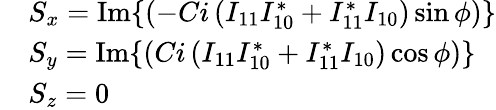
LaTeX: \begin{array}{rl}&{S_{x}=\operatorname{Im}\{ \left(-Ci\left(I_{11}I_{10}^{*}+I_{11}^{*}I_{10}\right)\sin\phi\right)\} }\\ &{S_{y}=\operatorname{Im}\{ \left(Ci\left(I_{11}I_{10}^{*}+I_{11}^{*}I_{10}\right)\cos\phi\right)\} }\\ &{S_{z}=0}\end{array}